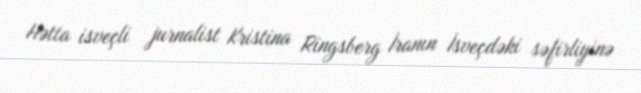
Hətta isveçli jurnalist Kristina Ringsberg İranın İsveçdəki səfirliyinə